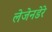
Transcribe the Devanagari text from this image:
लेजेनडेरे